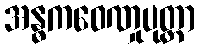
အန္ဓကဝေဏှုပုတ္တာ